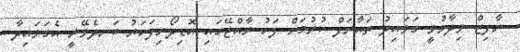
ނާފިޒް ވިދާޅުވީ ގަވައިދު ތައާރަފް ކުރުމަށް ފަހު ރާއްޖޭގައި އޮޑިދޯނިފަހަރު ބަނދެވޭނީ އެގަވައިދާ